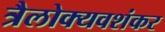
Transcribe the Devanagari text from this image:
त्रैलोक्यवशंकर